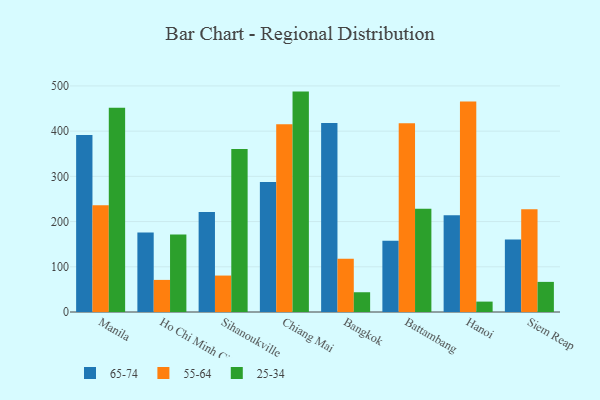
{"axis": {"x": "City", "y": "Energy Usage (MWh)"}, "legend": ["25-34", "55-64", "65-74"], "data": [{"x": "Manila", "y": 391.3, "type": "65-74"}, {"x": "Manila", "y": 236.1, "type": "55-64"}, {"x": "Manila", "y": 451.6, "type": "25-34"}, {"x": "Ho Chi Minh City", "y": 175.8, "type": "65-74"}, {"x": "Ho Chi Minh City", "y": 71.0, "type": "55-64"}, {"x": "Ho Chi Minh City", "y": 171.5, "type": "25-34"}, {"x": "Sihanoukville", "y": 221.1, "type": "65-74"}, {"x": "Sihanoukville", "y": 80.6, "type": "55-64"}, {"x": "Sihanoukville", "y": 360.8, "type": "25-34"}, {"x": "Chiang Mai", "y": 287.8, "type": "65-74"}, {"x": "Chiang Mai", "y": 415.3, "type": "55-64"}, {"x": "Chiang Mai", "y": 487.5, "type": "25-34"}, {"x": "Bangkok", "y": 418.2, "type": "65-74"}, {"x": "Bangkok", "y": 117.9, "type": "55-64"}, {"x": "Bangkok", "y": 43.7, "type": "25-34"}, {"x": "Battambang", "y": 157.7, "type": "65-74"}, {"x": "Battambang", "y": 417.7, "type": "55-64"}, {"x": "Battambang", "y": 228.2, "type": "25-34"}, {"x": "Hanoi", "y": 214.2, "type": "65-74"}, {"x": "Hanoi", "y": 465.6, "type": "55-64"}, {"x": "Hanoi", "y": 23.0, "type": "25-34"}, {"x": "Siem Reap", "y": 160.4, "type": "65-74"}, {"x": "Siem Reap", "y": 227.2, "type": "55-64"}, {"x": "Siem Reap", "y": 66.6, "type": "25-34"}]}